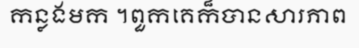
កន្លងមក ។ពួកគេក៏បានសារភាព